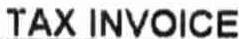
TAX INVOICE